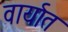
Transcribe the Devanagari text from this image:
वार्यात